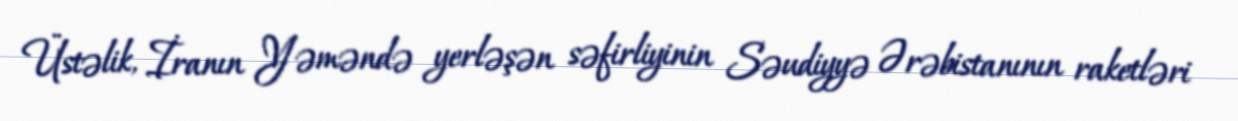
Üstəlik, İranın Yəməndə yerləşən səfirliyinin Səudiyyə Ərəbistanının raketləri